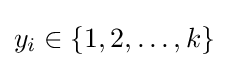
y_{i}\in \{1,2,\ldots ,k\}